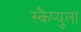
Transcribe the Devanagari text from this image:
स्कैप्युला